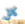
كاش